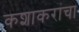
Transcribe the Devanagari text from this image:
कशाकरांचा